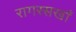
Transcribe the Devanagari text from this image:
रागरसखाँ